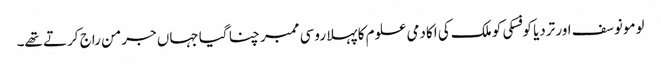
لومونوسف اور تردیا کوفسکی کو ملک کی اکادمی علوم کا پہلا روسی ممبر چنا گیا جہاں جرمن راج کرتے تھے۔